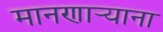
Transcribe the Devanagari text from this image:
मानणार्‍याना